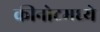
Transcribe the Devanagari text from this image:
कीनोटमध्ये